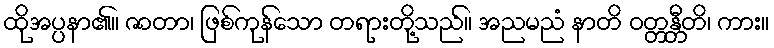
ထိုအပ္ပနာ၏။ ဇာတာ၊ ဖြစ်ကုန်သော တရားတို့သည်။ အညမညံ နာတိ ဝတ္တန္တီတိ၊ ကား။